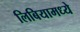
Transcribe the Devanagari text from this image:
लिबियामध्ये